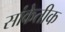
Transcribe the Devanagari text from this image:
सांकेतीक